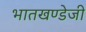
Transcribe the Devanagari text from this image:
भातखण्डेजी